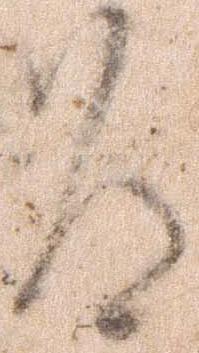
道